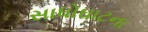
સાધોઘાટના